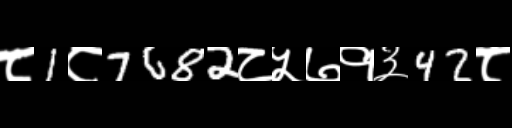
Text: ८1८7682८५७१३42८